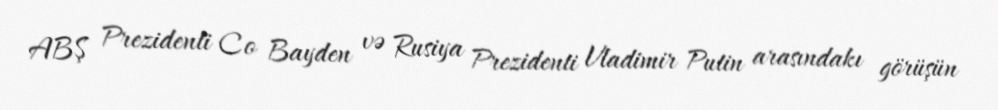
ABŞ Prezidenti Co Bayden və Rusiya Prezidenti Vladimir Putin arasındakı görüşün